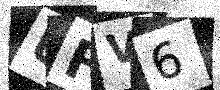
Text: UFV6